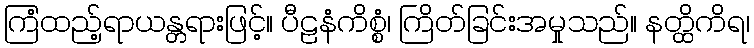
ကြံထည့်ရာယန္တရားဖြင့်။ ပီဠနံကိစ္စံ၊ ကြိတ်ခြင်းအမှုသည်။ နတ္ထိကိရ၊